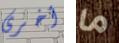
أخرى ما